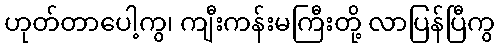
ဟုတ်တာပေါ့ကွ၊ ကျီးကန်းမကြီးတို့ လာပြန်ပြီကွ